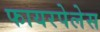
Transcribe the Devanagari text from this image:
फायरपेलेस